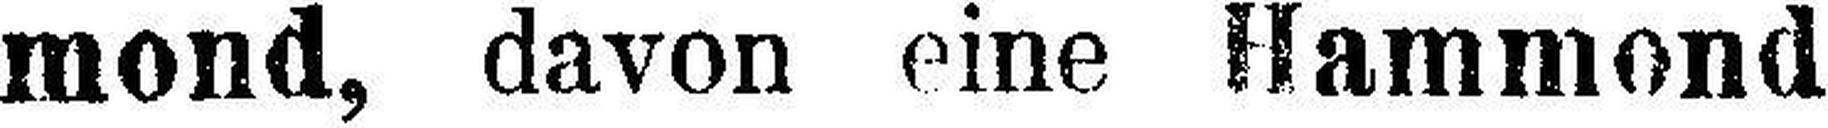
mond, davon eine Hammond